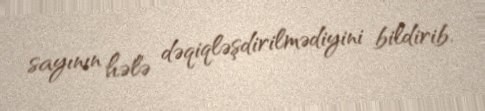
sayının hələ dəqiqləşdirilmədiyini bildirib.